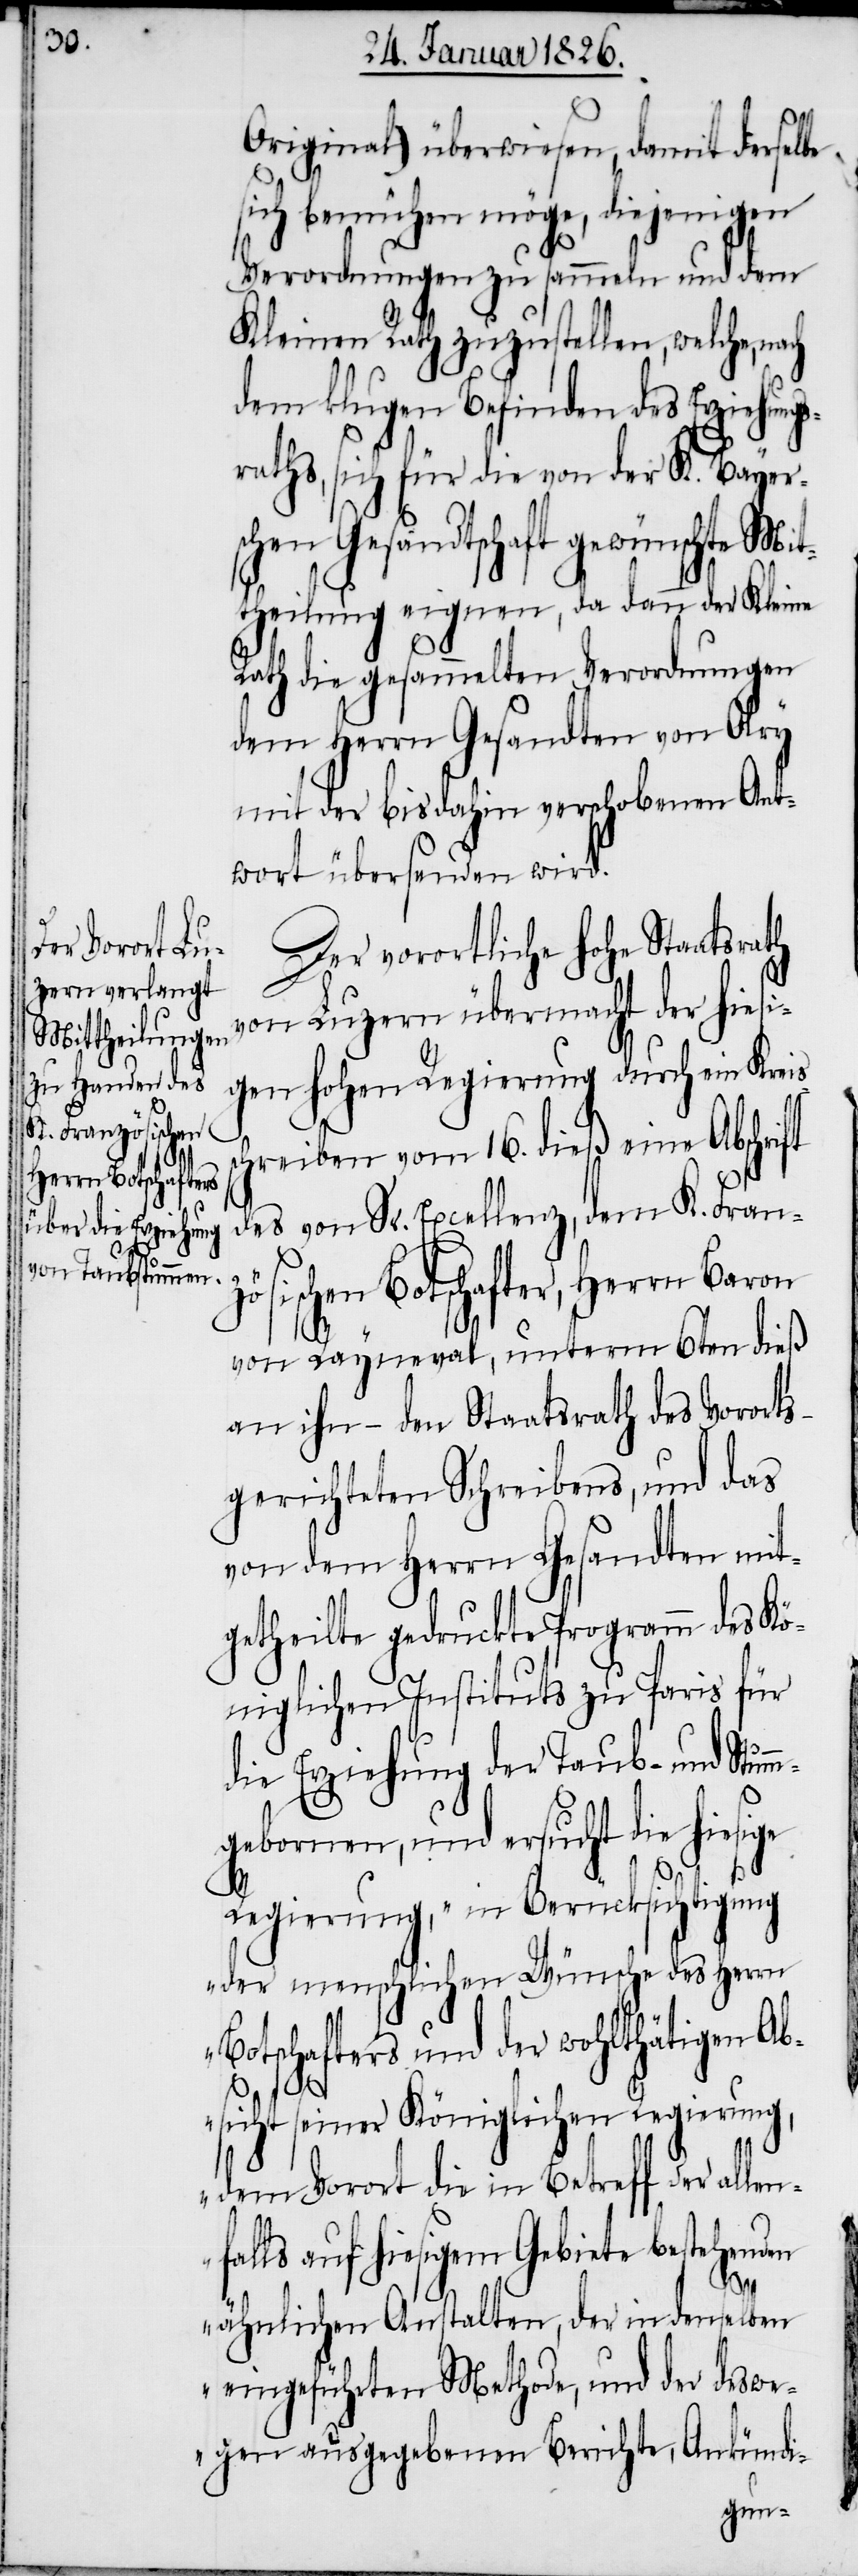
s¬

Original) überwiesen, damit derselbe
sich bemühen möge, diejenigen
Verordnungen zu sammeln und dem
Kleinen Rath zuzustellen, welche,
dem klugen Befinden des Erziehung¬
raths, sich für die von der K. Bayer¬
schen Gesandtschaft gewünschte Mit¬
theilung eignen, da dann der Kleine
Rath die gesammelten Verordnungen
dem Herrn Gesandten von Olry
mit der bisdahin verschobenen Ant¬
wort übersenden wird.
Der vorortliche hohe Staatsrath
von Luzern übermacht der hiesi¬
gen hohen Regierung durch ein Kreis¬
chreiben vom 16. dieß eine Abschrift
des von Sr. Excellenz, dem K. Franz¬
ösischen Botschafter, Herrn Baron
von Rayneval, unterm 6ten dieß
an ihn – den Staatsrath des Vororts
gerichteten Schreibens, und das
von dem Herrn Gesandten mit¬
getheilte gedruckte Programm des Kö¬
niglichen Instituts zu Paris für
die Erziehung der Taub- und Stum¬
mgebornen, und ersucht die hiesige
Regierung, „in Berücksichtigung
der menschlichen Wünsche des Herrn
Botschafters und der wohltätigen Ab¬
sicht seiner Königlichen Regierung,
dem Vorort die in Betreff der alle¬
nfalls auf hiesigem Gebiete bestehenden
ähnlichen Anstalten, der in denselben
eingeführten Methode, und der deswe¬
gen ausgegebenen Berichte, Ankündi-